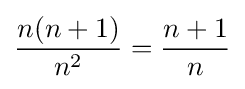
{\frac {n(n+1)}{n^{2}}}={\frac {n+1}{n}}